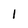
Character: 1